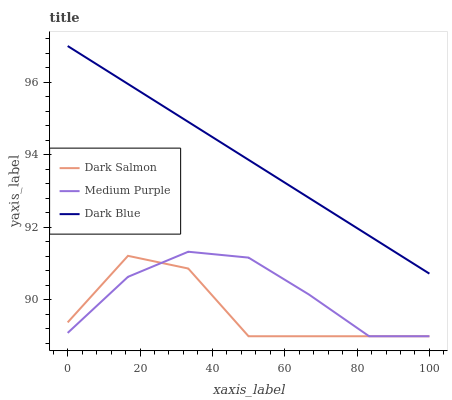
| xaxis_label | Dark Salmon | Medium Purple | Dark Blue |
 | --- | --- | --- | --- |
 | 0 | 89.4 | 89.1 | 97 |
 | 16.7 | 91.2 | 90.6 | 96 |
 | 33.3 | 90.9 | 91.3 | 94.9 |
 | 50 | 89 | 91.2 | 93.9 |
 | 66.7 | 89 | 90.2 | 92.8 |
 | 83.3 | 89 | 89 | 91.8 |
 | 100 | 89 | 89 | 90.7 |